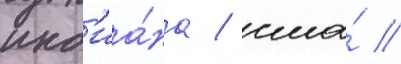
инд'иа́на / сша́ //